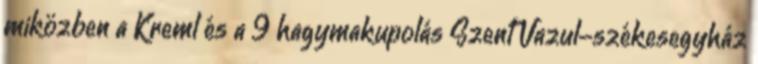
miközben a Kreml és a 9 hagymakupolás Szent Vazul-székesegyház